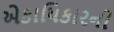
એકાધિકારની